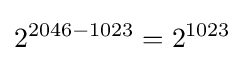
2^{2046-1023}=2^{1023}